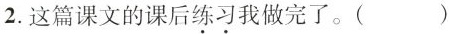
2.这篇课文的课后\underset{·}{练}\underset{·}{习}我做完了。( )